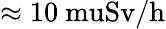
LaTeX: \approx\mathrm{10{\ mu}Sv/h}